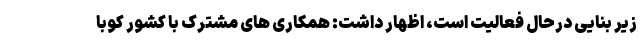
زیر بنایی درحال فعالیت است، اظهار داشت: همکاری های مشترک با کشور کوبا